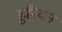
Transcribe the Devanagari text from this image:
हुरियन